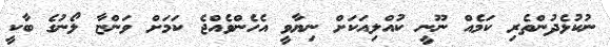
ނުކުޅެދުންތެރި ކަމެއް ނޫނީ ކުއްލިއަކަށް ނިޔާވީ އެހެންވެއްޖެ ކަމަށް ވަންޏާ ލޯނުގެ ބާކީ